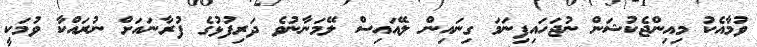
ވުމާއެކު މިއިންޖެކުޝަން ނުޖަހައިފިނަމަ ގިނައިން ލޭއައިސް ލޭމަނާނުވެ ދަރިފުޅުގެ ފުރާނައަށް ނުރައްކާ ވުމަކީ